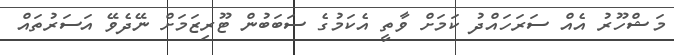
މަޝްހޫރު އެއް ސަރަހައްދު ކަމަށް ވާތީ އެކަމުގެ ސަބަބުން ޓޫރިޒަމަށް ނޭދެވޭ އަސަރުތައް